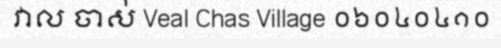
វាល ចាស់ Veal Chas Village ០៦០៤០៤១០